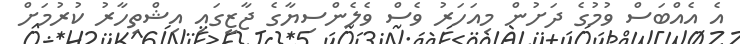
އެ އެއްބަސް ވުމުގެ ދަށުން މިއަހަރު ވެސް ވެލެންސިޔާގެ ޖާޒީގައި އިޝްތިހާރު ކުރުމަށް